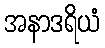
အနာဒရိယံ